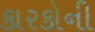
કારકોની